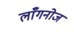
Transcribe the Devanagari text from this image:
लाँगनोज